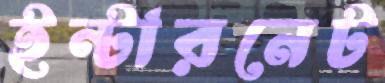
ইন্টারনেট